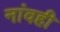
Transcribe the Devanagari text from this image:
नांवही